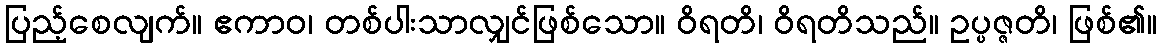
ပြည့်စေလျက်။ ဧကာဝ၊ တစ်ပါးသာလျှင်ဖြစ်သော။ ဝိရတိ၊ ဝိရတိသည်။ ဥပ္ပဇ္ဇတိ၊ ဖြစ်၏။